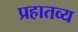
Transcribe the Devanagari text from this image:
प्रहातव्य